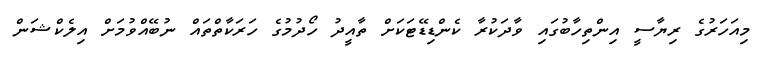
މިއަހަރުގެ ރިޔާސީ އިންތިހާބުގައި ވާދަކުރާ ކެންޑިޑޭޓަކަށް ތާއީދު ހޯދުމުގެ ހަރަކާތްތައް ނުބޭއްވުމަށް އިލެކްޝަން